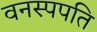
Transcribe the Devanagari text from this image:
वनस्पपति